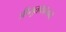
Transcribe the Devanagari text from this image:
जीमूतवाहनाने